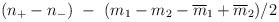
LaTeX: \begin{align*}(n_+ - n_-) \ - \ (m_1 - m_2 - {\overline{m}_1} + {\overline{m}_2}) / 2\end{align*}